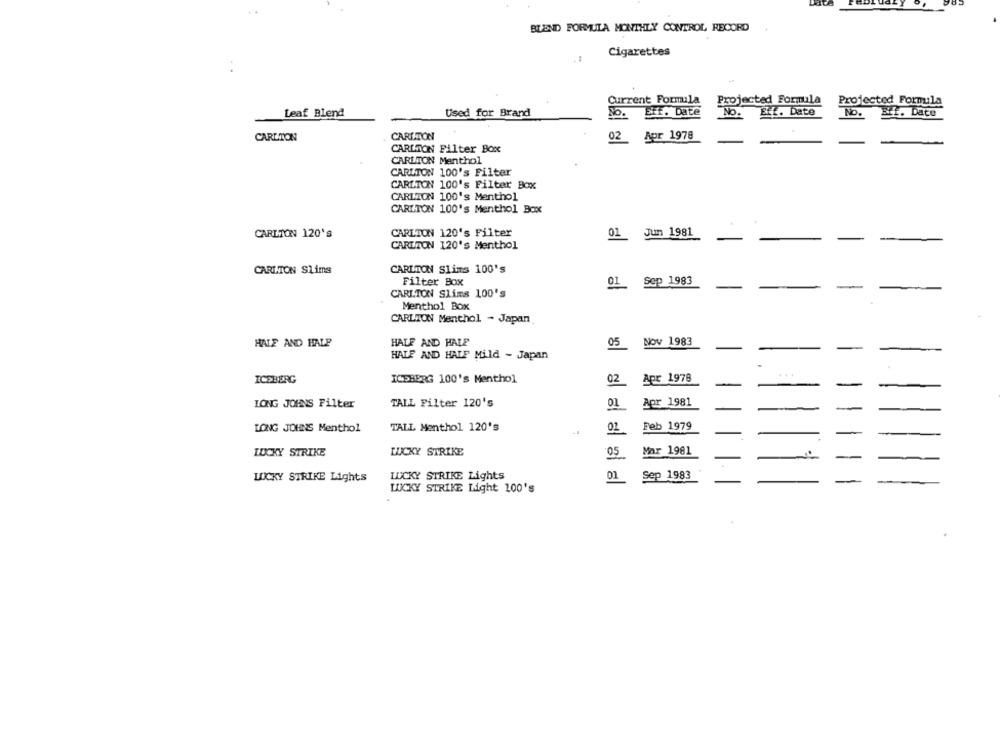
BLEND FORMULA MONTHLY CONTROL RECORD
Cigarettes
Current Formula
Projected Formula
Projected Formula
Leaf Blend
Used for Brand
Eff. Date
"NO.
Eff. Date
NO.
No.
BL. Date
CARLTON
CARLTON
02 Apr 1978
CARLTON Filter Box
CARLTON Menthol
CARLTON 100's Filter
CARLTON 100's Filter Box
CARLTON 100's Menthol
CARLTON 100's Menthol Box
CARLTON 120's Filter
01 Jun 1981
CARLTON 120's
CARLTON 120's Menthol
CARLTON Slims
CARLTON Slims 100's
Filter Box
01_ Sep 1983
CARLTON Slims 100's
Menthol Box
CARLTON Menthol - Japan
HALF AND HALF
HALF AND HALE
05
Nov 1983
HALF AND HALF Mild - Japan
ICEBERG
ICEBERG 100's Menthol
02
Apr 1978
LONG JOHNS Filter
TALL Filter 120's
01
Apr 1981
LONG JOHNS Menthol
TALL Menthol 120's
02
Feb 1979
Mar 1981
LUCKY STRIKE
LUCKY STRIKE
LUCKY STRIKE Lights
LUCKY STRIKE Lights
01
Sep 1983
LUCKY STRIKE Light 100's